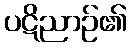
ပဋိညာဉ်၏